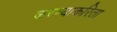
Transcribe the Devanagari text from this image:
करण्‍याकरिता